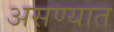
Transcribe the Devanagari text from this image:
असण्यात